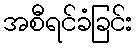
အစီရင်ခံခြင်း